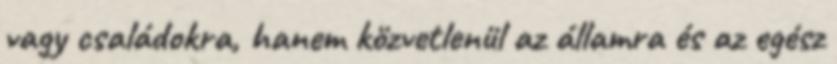
vagy családokra, hanem közvetlenül az államra és az egész